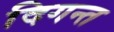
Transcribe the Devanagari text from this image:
दिगन्त